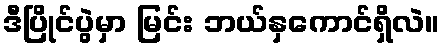
ဒီပြိုင်ပွဲမှာ မြင်း ဘယ်နှကောင်ရှိလဲ။